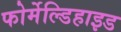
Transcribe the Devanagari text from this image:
फोर्मेल्डिहाइड